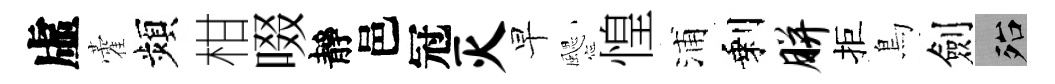
虛藿頻柑啜靜邑冠灭早颸惶浦剩胼拒鳥劍殆